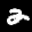
Label: 2